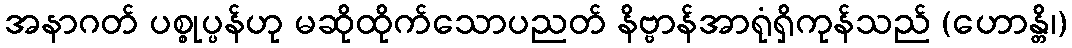
အနာဂတ် ပစ္စုပ္ပန်ဟု မဆိုထိုက်သောပညတ် နိဗ္ဗာန်အာရုံရှိကုန်သည် (ဟောန္တိ၊)